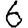
Digit: 6